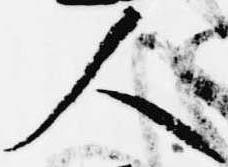
人